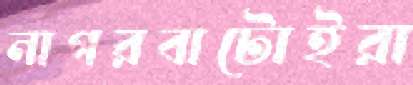
নাগরবাটোইরা